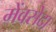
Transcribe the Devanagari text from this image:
मेंवसेदा